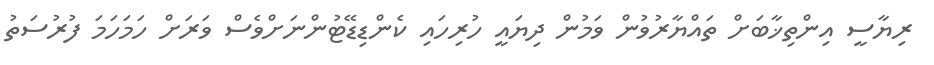
ރިޔާސީ އިންތިޚާބަށް ތައްޔާރުވުން ވަމުން ދިޔައީ ހުރިހައި ކެންޑިޑޭޓުންނަށްވެސް ވަރަށް ހަމަހަމަ ފުރުސަތު